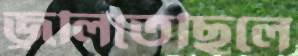
জ্বলিতেছিলে